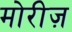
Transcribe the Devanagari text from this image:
मोरीज़